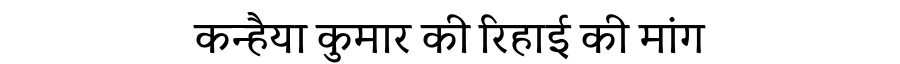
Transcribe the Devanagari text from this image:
कन्हैया कुमार की रिहाई की मांग